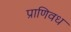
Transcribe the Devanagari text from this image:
प्राणिवध